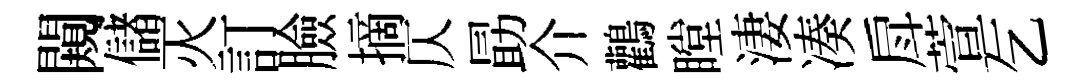
闚儲灭訂臉摘仄勗介鸛瞠淒凑戽萱乞